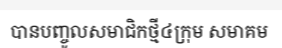
បានបញ្ចូលសមាជិកថ្មី៤ក្រុម សមាគម